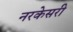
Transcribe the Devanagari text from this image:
नरकेसरी